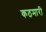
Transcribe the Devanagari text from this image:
कठमारी